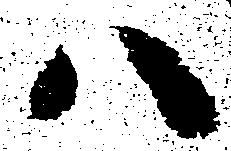
ハ